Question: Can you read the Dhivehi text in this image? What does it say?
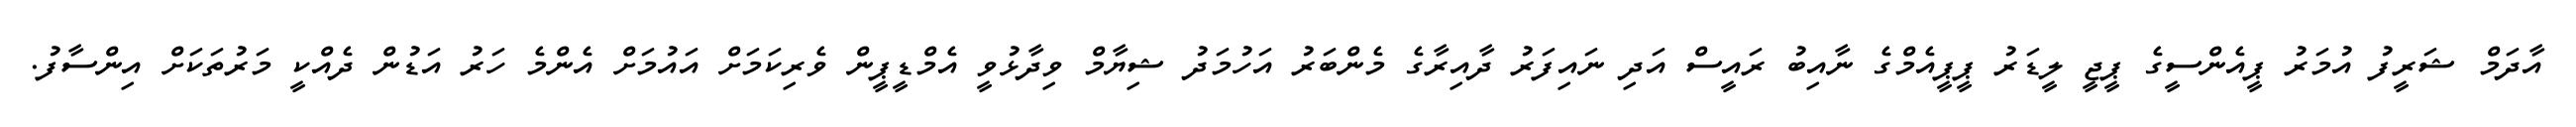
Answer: އާދަމް ޝަރީފު އުމަރު ޕީއެންސީގެ ޕީޖީ ލީޑަރު ޕީޕީއެމްގެ ނާއިބު ރައީސް އަދި ނައިފަރު ދާއިރާގެ މެންބަރު އަހުމަދު ޝިޔާމް ވިދާޅުވީ އެމްޑީޕީން ވެރިކަމަށް އައުމަށް އެންމެ ހަރު އަޑުން ދެއްކީ މަރުތަކަށް އިންސާފު.